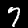
Digit: 7